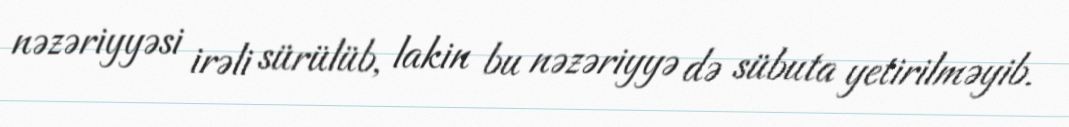
nəzəriyyəsi irəli sürülüb, lakin bu nəzəriyyə də sübuta yetirilməyib.